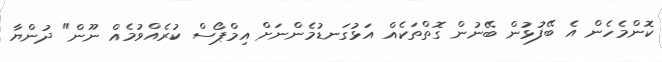
ކޮންމެހެން އެ ބޭފުޅުން ބޭނުން ގޮތްތަކެއް އަޅުގަނޑުމެންނަށް އިމްޕޯސް ކުރެއްވުމެއް ނޫން" ދުންޔާ